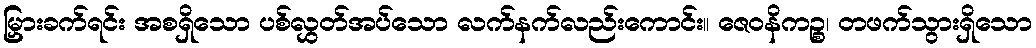
မြှားခက်ရင်း အစရှိသော ပစ်လွှတ်အပ်သော လက်နက်လည်းကောင်း။ ဇေဝနိကဉ္စ၊ တဖက်သွားရှိသော